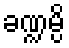
ခဏ္ဍမ္ပိ